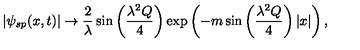
| \psi _ { s p } ( x , t ) | \rightarrow \frac { 2 } { \lambda } \sin \left( \frac { \lambda ^ { 2 } Q } { 4 } \right) \exp \left( - m \sin \left( \frac { \lambda ^ { 2 } Q } { 4 } \right) | x | \right) ,